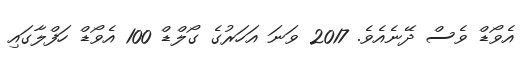
އެވޯޑް ވެސް ދޭނެއެވެ. 2017 ވަނަ އަހަރުގެ ގޯލްޑް 100 އެވޯޑް ހަފްލާގައި